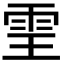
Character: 𩂊